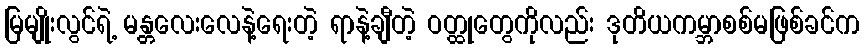
မြမျိုးလွင်ရဲ့ မန္တလေးလေနဲ့ရေးတဲ့ ရာနဲ့ချီတဲ့ ဝတ္ထုတွေကိုလည်း ဒုတိယကမ္ဘာစစ်မဖြစ်ခင်က